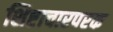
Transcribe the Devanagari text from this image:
शिष्टाचारपरक